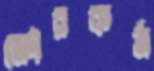
ক্ষৌরকর্ম